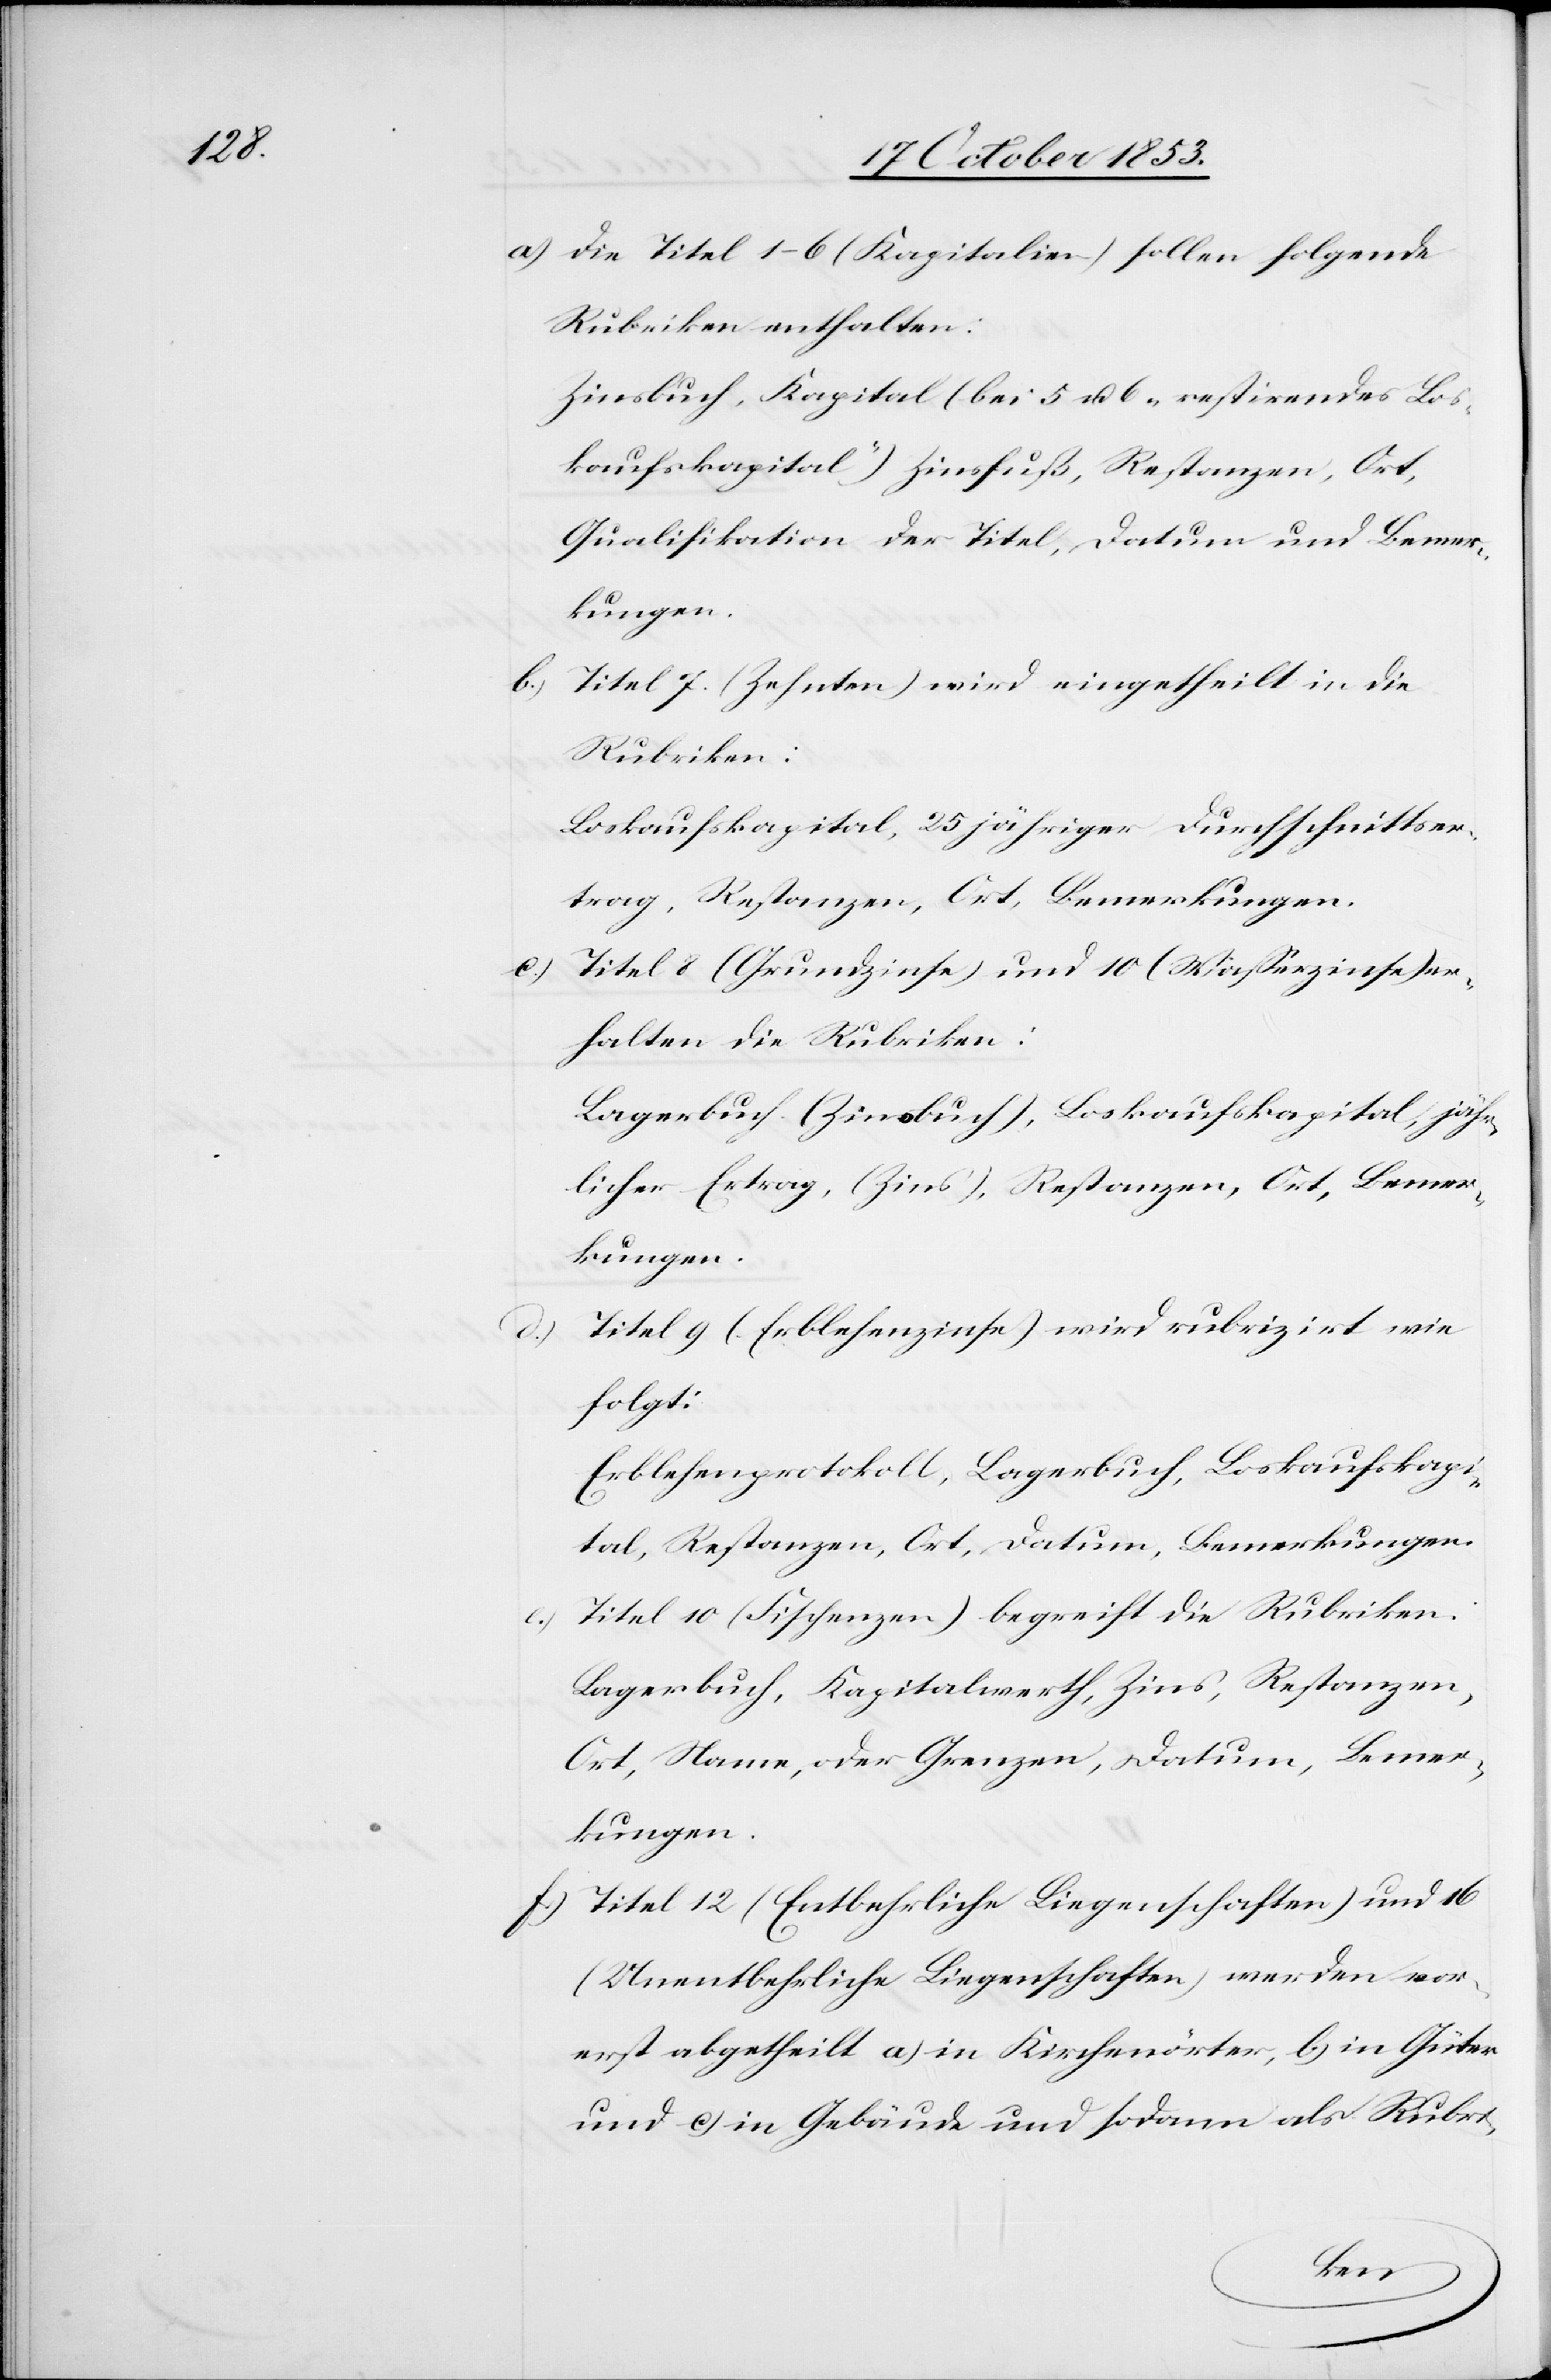
e.)

a.) Die Titel 1–6 (Kapitalien) sollen folgende
Rubriken enthalten:
Zinsbuch, Kapital (bei 5 u. 6 „restirendes Los¬
kaufskapital“) Zinsfuß, Restanzen, Ort,
Qualifikation der Titel, Datum und Bemer¬
kungen.
b.) Titel 7. (Zehnten) wird eingetheilt in die
Rubrik:
Loskaufskapital, 25 jähriger Durchschnittser¬
trag, Restanzen, Ort, Bemerkungen.
c) Titel 8 (Grundzinse) und 10 (Waßerzinse) er¬
halten die Rubriken:
Lagerbuch (Zinsbuch), Loskaufskapital, jähr¬
licher Ertrag, (Zins), Restanzen, Ort, Bemer¬
kungen.
Titel 9. (Erblehenzinse) wird rubrizirt wie
folgt:
Erblehenprotokoll, Lagerbuch, Loskaufskapi¬
tal, Restanzen, Ort, Datum, Bemerkungen.
Titel 10 (Fischenzen) begreift die Rubriken:
Lagerbuch, Kapitalwerth, Zins, Restanzen,
Ort, Name, oder Grenzen, Datum, Bemer¬
kungen.
f.) Titel 12 (Entbehrliche Liegenschaften) und 16
(Unentbehrliche Liegenschaften) werden vor¬
erst abgetheilt a) in Kirchörter, b) in Güter
und c) in Gebäude und sodann als Rubri-